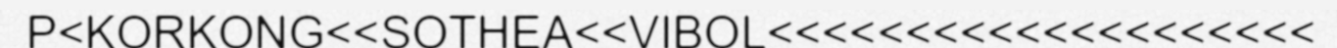
P<KORKONG<<SOTHEA<<VIBOL<<<<<<<<<<<<<<<<<<<<